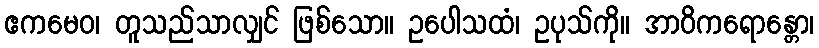
ဧကမေဝ၊ တူသည်သာလျှင် ဖြစ်သော။ ဥပေါသထံ၊ ဥပုသ်ကို။ အာဝိကရောန္တော၊